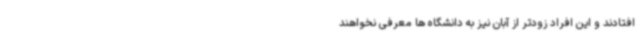
افتادند و این افراد زودتر از آبان نیز به دانشگاه ها معرفی نخواهند